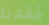
فقدنا